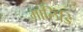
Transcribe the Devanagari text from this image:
मालिंडि